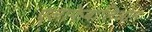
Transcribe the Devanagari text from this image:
एलाफेबालिओन